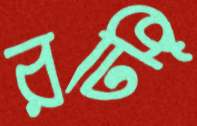
রটি